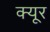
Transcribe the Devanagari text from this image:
क्यूर